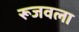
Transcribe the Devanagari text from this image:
रूजवला